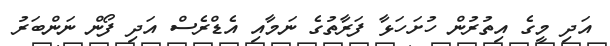
އަދި މީގެ އިތުރުން ހުށަހަޅާ ފަރާތުގެ ނަމާއި އެޑްރެސް އަދި ފޯން ނަންބަރު